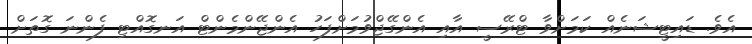
އެވެ. ޑައިޓީޝަނެއް ކަމަށްވާ ޓްރޭސީ އާއި އެންގޭޖްވުމަށްފަހު އެންޖޭންމެންޓް އަނގޮއްޓި ފެންނަ ގޮތަށް